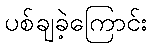
ပစ်ချခဲ့ကြောင်း